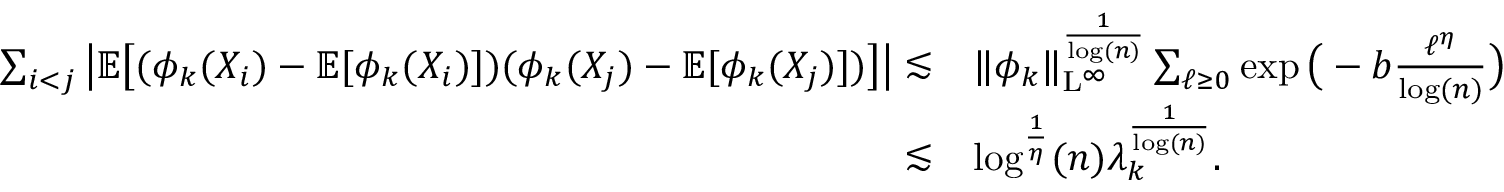
\begin{array} { r l } { \sum _ { i < j } \big \vert \mathbb { E } \big [ ( \phi _ { k } ( X _ { i } ) - \mathbb { E } [ \phi _ { k } ( X _ { i } ) ] ) ( \phi _ { k } ( X _ { j } ) - \mathbb { E } [ \phi _ { k } ( X _ { j } ) ] ) \big ] \big \vert \lesssim } & { \| \phi _ { k } \| _ { \mathrm { L } ^ { \infty } } ^ { \frac { 1 } { \log ( n ) } } \sum _ { \ell \geq 0 } \exp \big ( - b \frac { \ell ^ { \eta } } { \log ( n ) } \big ) } \\ { \lesssim } & { \log ^ { \frac { 1 } { \eta } } ( n ) \lambda _ { k } ^ { \frac { 1 } { \log ( n ) } } . } \end{array}